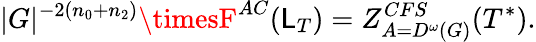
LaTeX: |G|^{-2(n_{0}+n_{2})}\timesF^{AC}(\mathsf{L}_{T})=Z_{A=D^{\omega}(G)}^{CFS}(T^{\ast}).